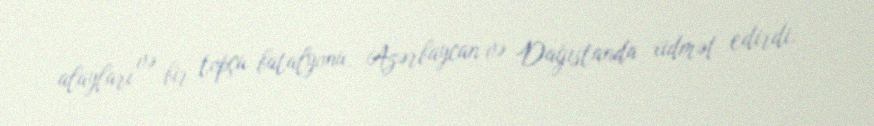
alayları və bir topçu batalyonu, Azərbaycan və Dağıstanda xidmət edirdi.